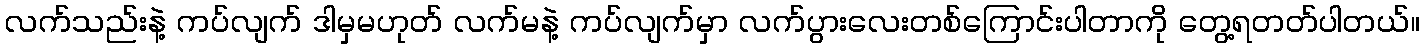
လက်သည်းနဲ့ ကပ်လျက် ဒါမှမဟုတ် လက်မနဲ့ ကပ်လျက်မှာ လက်ပွားလေးတစ်ကြောင်းပါတာကို တွေ့ရတတ်ပါတယ်။